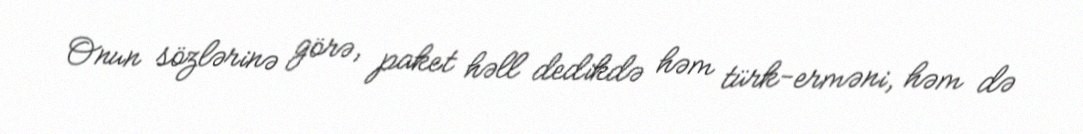
Onun sözlərinə görə, paket həll dedikdə həm türk-erməni, həm də